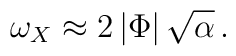
\omega_{X}\approx 2\left|\Phi\right|\sqrt{\alpha }\,.